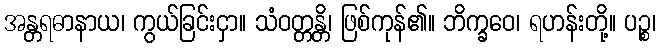
အန္တရဓာနာယ၊ ကွယ်ခြင်းငှာ။ သံဝတ္တန္တိ၊ ဖြစ်ကုန်၏။ ဘိက္ခဝေ၊ ရဟန်းတို့။ ပဉ္စ၊